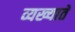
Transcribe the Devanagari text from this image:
व्यख्याते